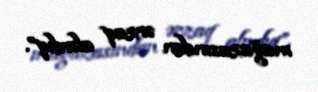
mağazasından ərzaq alırdıq”.